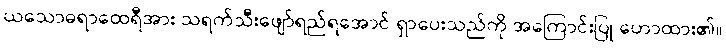
ယသောဓရာထေရီအား သရက်သီးဖျော်ရည်ရအောင် ရှာပေးသည်ကို အကြောင်းပြု ဟောထား၏။